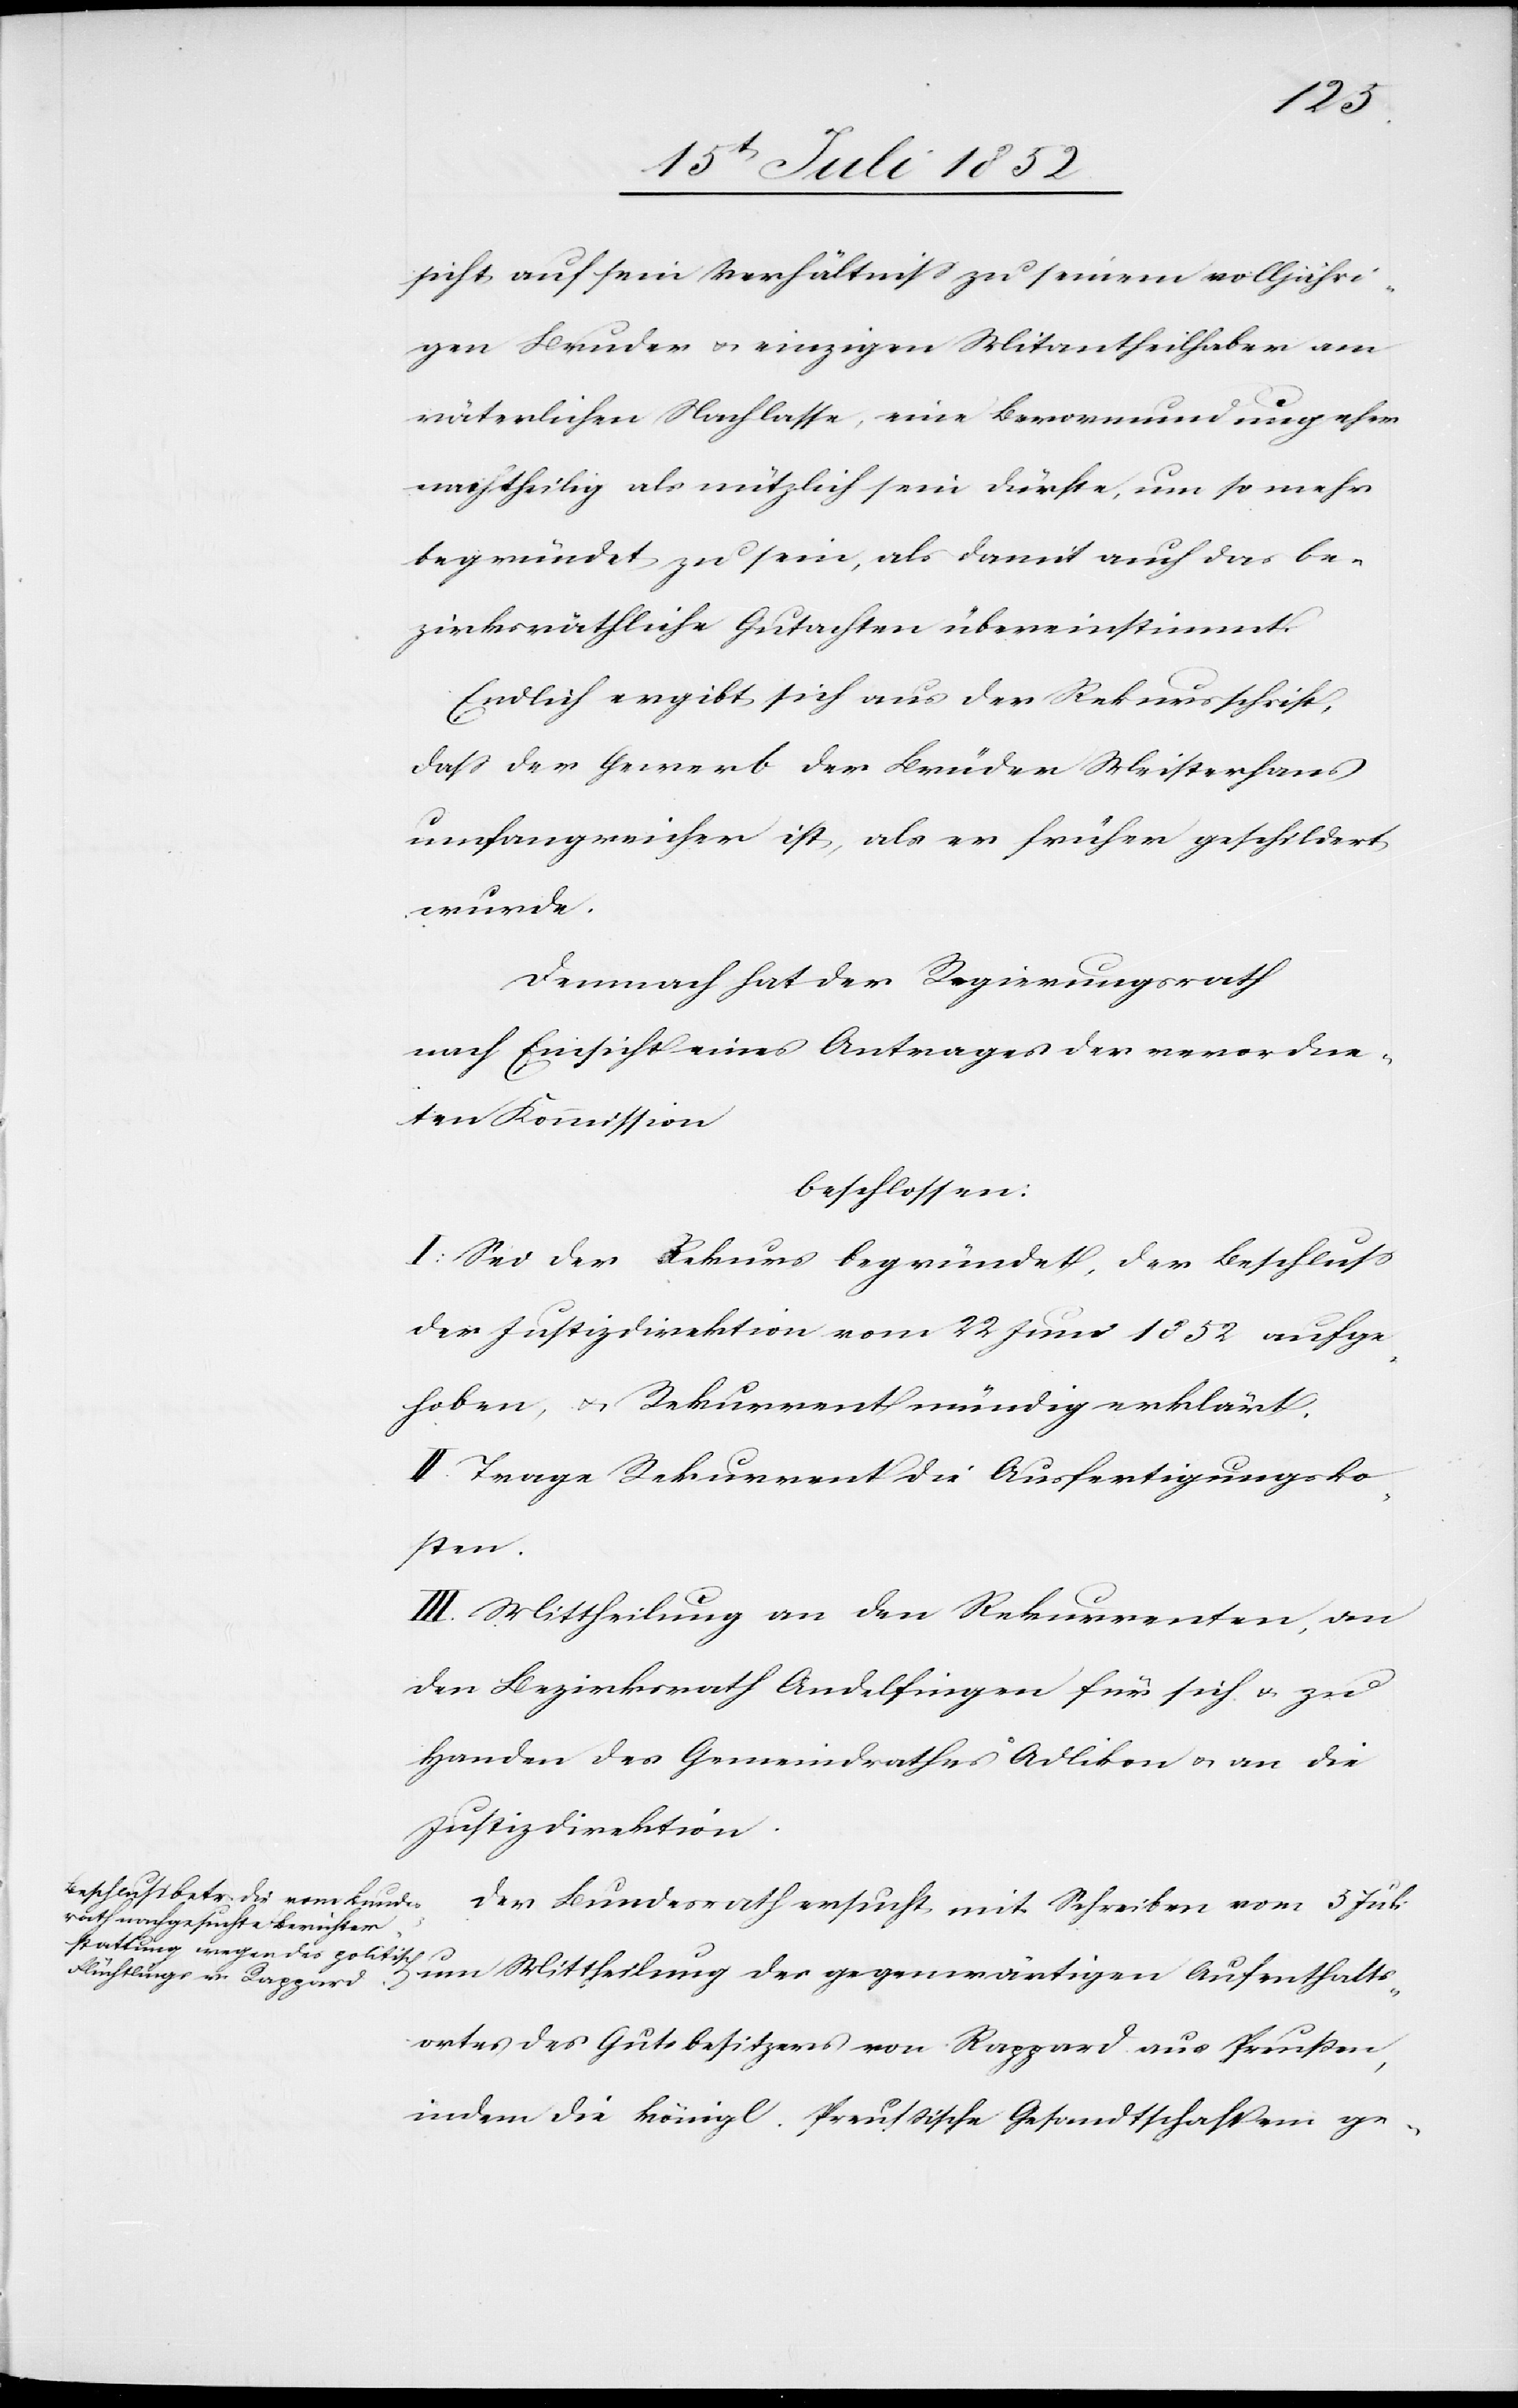
sicht auf sein Verhältniss zu seinem volljähri¬
gen Bruder & einzigen Mitantheilhaber am
väterlichen Nachlasse, eine Bevormundung eher
nachtheilig als nützlich sein dürfte, um so mehr
begründet zu sein, als damit auch das be¬
zirksräthliche Gutachten übereinstimmt.
Endlich ergibt sich aus der Rekursschrift,
dass der Gewerb der Brüder Meisterhans
umfangreicher ist, als er früher geschildert
wurde.
Demnach hat der Regierungsrath
nach Einsicht eines Antrages der verordne¬
ten Kommission
beschlossen:
I: Sei der Rekurs begründet, der Beschluss
der Justizdirektion vom 22 Juni 1852 aufge¬
hoben, & Rekurrent mündig erklärt.
II. Trage Rekurrent die Ausfertigungsko¬
sten.
III. Mittheilung an den Rekurrenten, an
den Bezirksrath Andelfingen für sich & zu
Handen des Gemeindrathes Adlikon & an die
Justizdirektion.
Der Bundesrath ersucht mit Schreiben vom 5 Juli
um Mittheilung des gegenwärtigen Aufenthalts¬
ortes des Gutsbesitzers von Rappard aus Preußen,
indem die königl. Preussische Gesandtschaft ein ge-